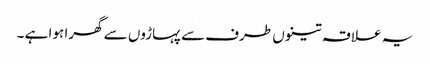
یہ علاقہ تینوں طرف سے پہاڑوں سے گھرا ہوا ہے ۔